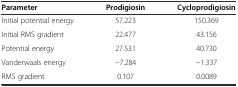
| Parameter | Prodigiosin | Cycloprodigiosin |
 | --- | --- | --- |
 | Initial potential energy | 57.223 | 150.369 |
 | Initial RMS gradient | 22.477 | 43.156 |
 | Potential energy | 27.531 | 40.730 |
 | Vanderwaals energy | −7.284 | −1.337 |
 | RMS gradient | 0.107 | 0.0089 |